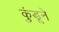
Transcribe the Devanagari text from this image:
कुंडूने